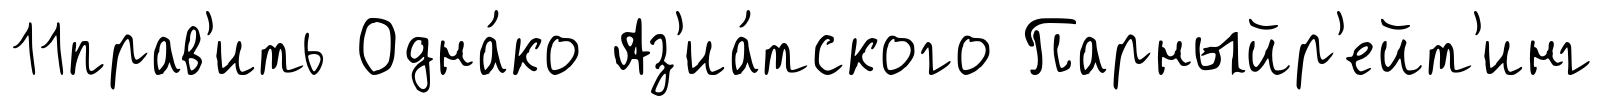
11прав'ить Одна́ко Аз'иа́тского Парныйр'ейт'инг